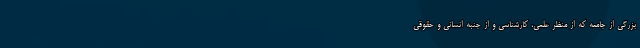
بزرگی از جامعه که از منظر علمی، کارشناسی و از جنبه انسانی و حقوقی